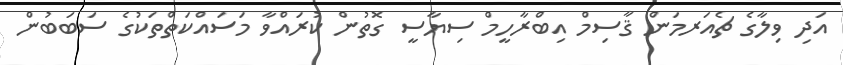
އަދި ވިލާގެ ޗެއަރމަން ޤާސިމް އިބްރާހީމް ސިޔާސީ ގޮތުން ކުރައްވާ މަސައްކަތްތަކުގެ ސަބަބުން